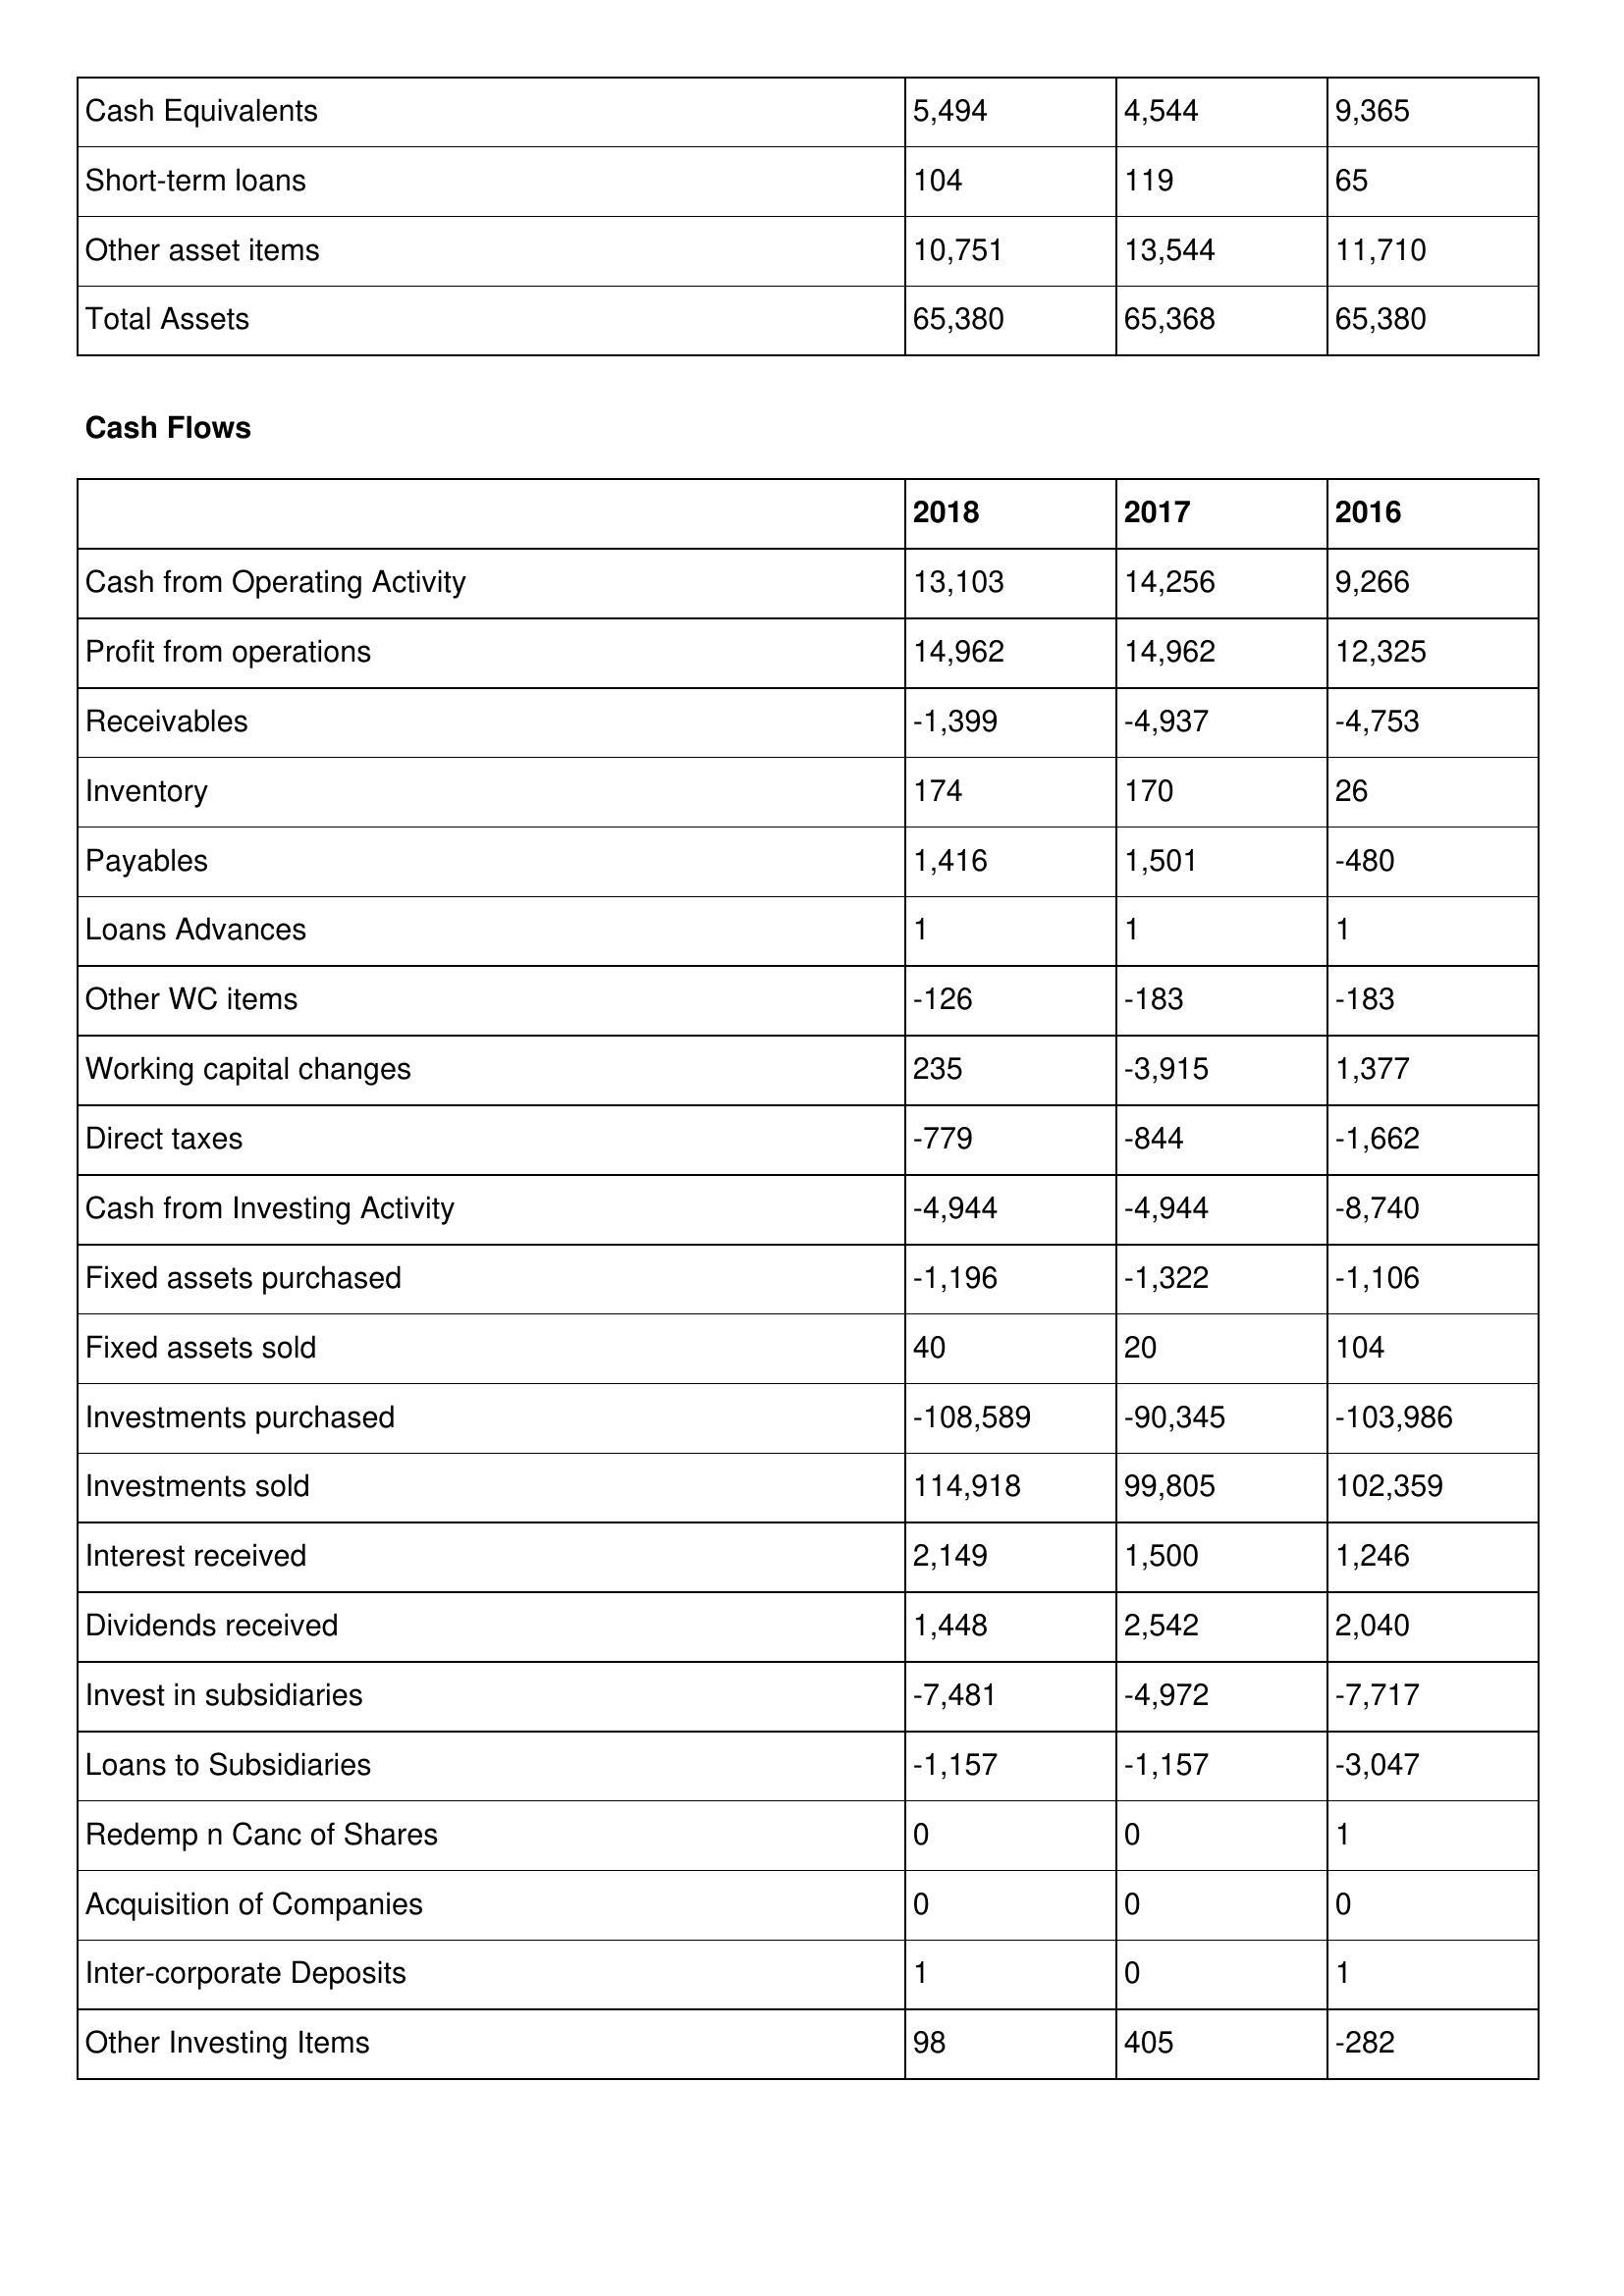
gt_parse: 2018: Balance Sheet: Cash Equivalents: 5,494
Short-term loans: 104
Other asset items: 10,751
Total Assets: 65,380
Cash Flows: Cash from Operating Activity: 13,103
Profit from operations: 14,962
Receivables: -1,399
Inventory: 174
Payables: 1,416
Loans Advances: 1
Other WC items: -126
Working capital changes: 235
Direct taxes: -779
Cash from Investing Activity: -4,944
Fixed assets purchased: -1,196
Fixed assets sold: 40
Investments purchased: -108,589
Investments sold: 114,918
Interest received: 2,149
Dividends received: 1,448
Invest in subsidiaries: -7,481
Loans to Subsidiaries: -1,157
Redemp n Canc of Shares: 0
Acquisition of Companies: 0
Inter-corporate Deposits: 1
Other Investing Items: 98
2017: Balance Sheet: Cash Equivalents: 4,544
Short-term loans: 119
Other asset items: 13,544
Total Assets: 65,368
Cash Flows: Cash from Operating Activity: 14,256
Profit from operations: 14,962
Receivables: -4,937
Inventory: 170
Payables: 1,501
Loans Advances: 1
Other WC items: -183
Working capital changes: -3,915
Direct taxes: -844
Cash from Investing Activity: -4,944
Fixed assets purchased: -1,322
Fixed assets sold: 20
Investments purchased: -90,345
Investments sold: 99,805
Interest received: 1,500
Dividends received: 2,542
Invest in subsidiaries: -4,972
Loans to Subsidiaries: -1,157
Redemp n Canc of Shares: 0
Acquisition of Companies: 0
Inter-corporate Deposits: 0
Other Investing Items: 405
2016: Balance Sheet: Cash Equivalents: 9,365
Short-term loans: 65
Other asset items: 11,710
Total Assets: 65,380
Cash Flows: Cash from Operating Activity: 9,266
Profit from operations: 12,325
Receivables: -4,753
Inventory: 26
Payables: -480
Loans Advances: 1
Other WC items: -183
Working capital changes: 1,377
Direct taxes: -1,662
Cash from Investing Activity: -8,740
Fixed assets purchased: -1,106
Fixed assets sold: 104
Investments purchased: -103,986
Investments sold: 102,359
Interest received: 1,246
Dividends received: 2,040
Invest in subsidiaries: -7,717
Loans to Subsidiaries: -3,047
Redemp n Canc of Shares: 1
Acquisition of Companies: 0
Inter-corporate Deposits: 1
Other Investing Items: -282